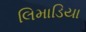
લિમાડિયા